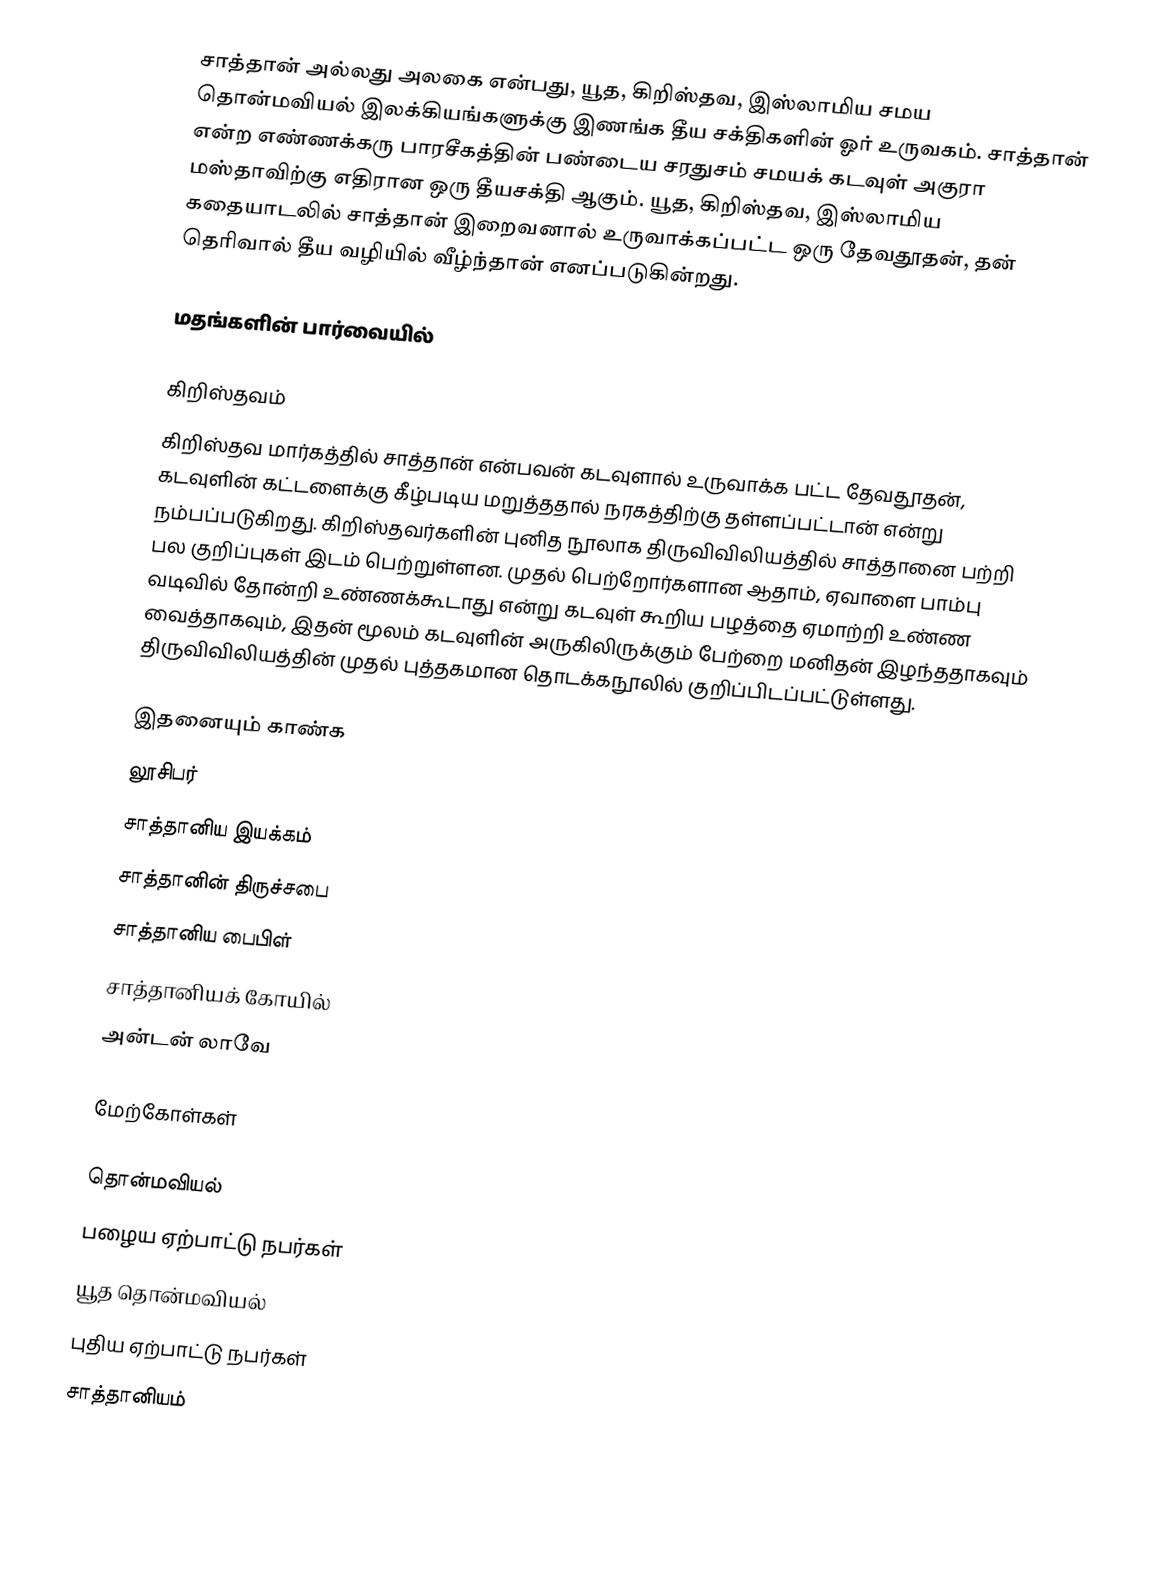
சாத்தான் அல்லது அலகை என்பது, யூத, கிறிஸ்தவ, இஸ்லாமிய சமய தொன்மவியல் இலக்கியங்களுக்கு இணங்க தீய சக்திகளின் ஓர் உருவகம். சாத்தான் என்ற எண்ணக்கரு பாரசீகத்தின் பண்டைய சரதுசம் சமயக் கடவுள் அகுரா மஸ்தாவிற்கு எதிரான ஒரு தீயசக்தி ஆகும். யூத, கிறிஸ்தவ, இஸ்லாமிய கதையாடலில் சாத்தான் இறைவனால் உருவாக்கப்பட்ட ஒரு தேவதூதன், தன் தெரிவால் தீய வழியில் வீழ்ந்தான் எனப்படுகின்றது.

மதங்களின் பார்வையில்

கிறிஸ்தவம்
கிறிஸ்தவ மார்கத்தில் சாத்தான் என்பவன் கடவுளால் உருவாக்க பட்ட தேவதூதன், கடவுளின் கட்டளைக்கு கீழ்படிய மறுத்ததால் நரகத்திற்கு தள்ளப்பட்டான் என்று நம்பப்படுகிறது. கிறிஸ்தவர்களின் புனித நூலாக திருவிவிலியத்தில் சாத்தானை பற்றி பல குறிப்புகள் இடம் பெற்றுள்ளன. முதல் பெற்றோர்களான ஆதாம், ஏவாளை பாம்பு வடிவில் தோன்றி உண்ணக்கூடாது என்று கடவுள் கூறிய பழத்தை ஏமாற்றி உண்ண வைத்தாகவும், இதன் மூலம் கடவுளின் அருகிலிருக்கும் பேற்றை மனிதன் இழந்ததாகவும் திருவிவிலியத்தின் முதல் புத்தகமான தொடக்கநூலில் குறிப்பிடப்பட்டுள்ளது.

இதனையும் காண்க
 லூசிபர்
 சாத்தானிய இயக்கம்
 சாத்தானின் திருச்சபை
 சாத்தானிய பைபிள்
 சாத்தானியக் கோயில்
 அன்டன் லாவே

மேற்கோள்கள்

தொன்மவியல்
பழைய ஏற்பாட்டு நபர்கள்
யூத தொன்மவியல்
புதிய ஏற்பாட்டு நபர்கள்
சாத்தானியம்